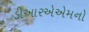
ડીઆરએએમનો